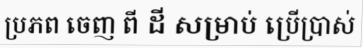
ប្រភព ចេញ ពី ដី សម្រាប់ ប្រើប្រាស់